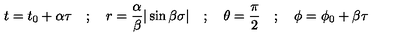
t = t _ { 0 } + \alpha \tau \quad ; \quad r = \frac { \alpha } { \beta } \vert \sin \beta \sigma \vert \quad ; \quad \theta = \frac { \pi } { 2 } \quad ; \quad \phi = \phi _ { 0 } + \beta \tau